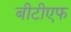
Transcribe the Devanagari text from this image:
बीटीएफ